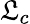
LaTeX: \mathfrak{L}_{c}